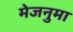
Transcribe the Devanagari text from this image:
मेजनुमा